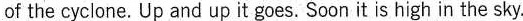
of the cyclone.Up and up it goes. Soon it is high in the sky.